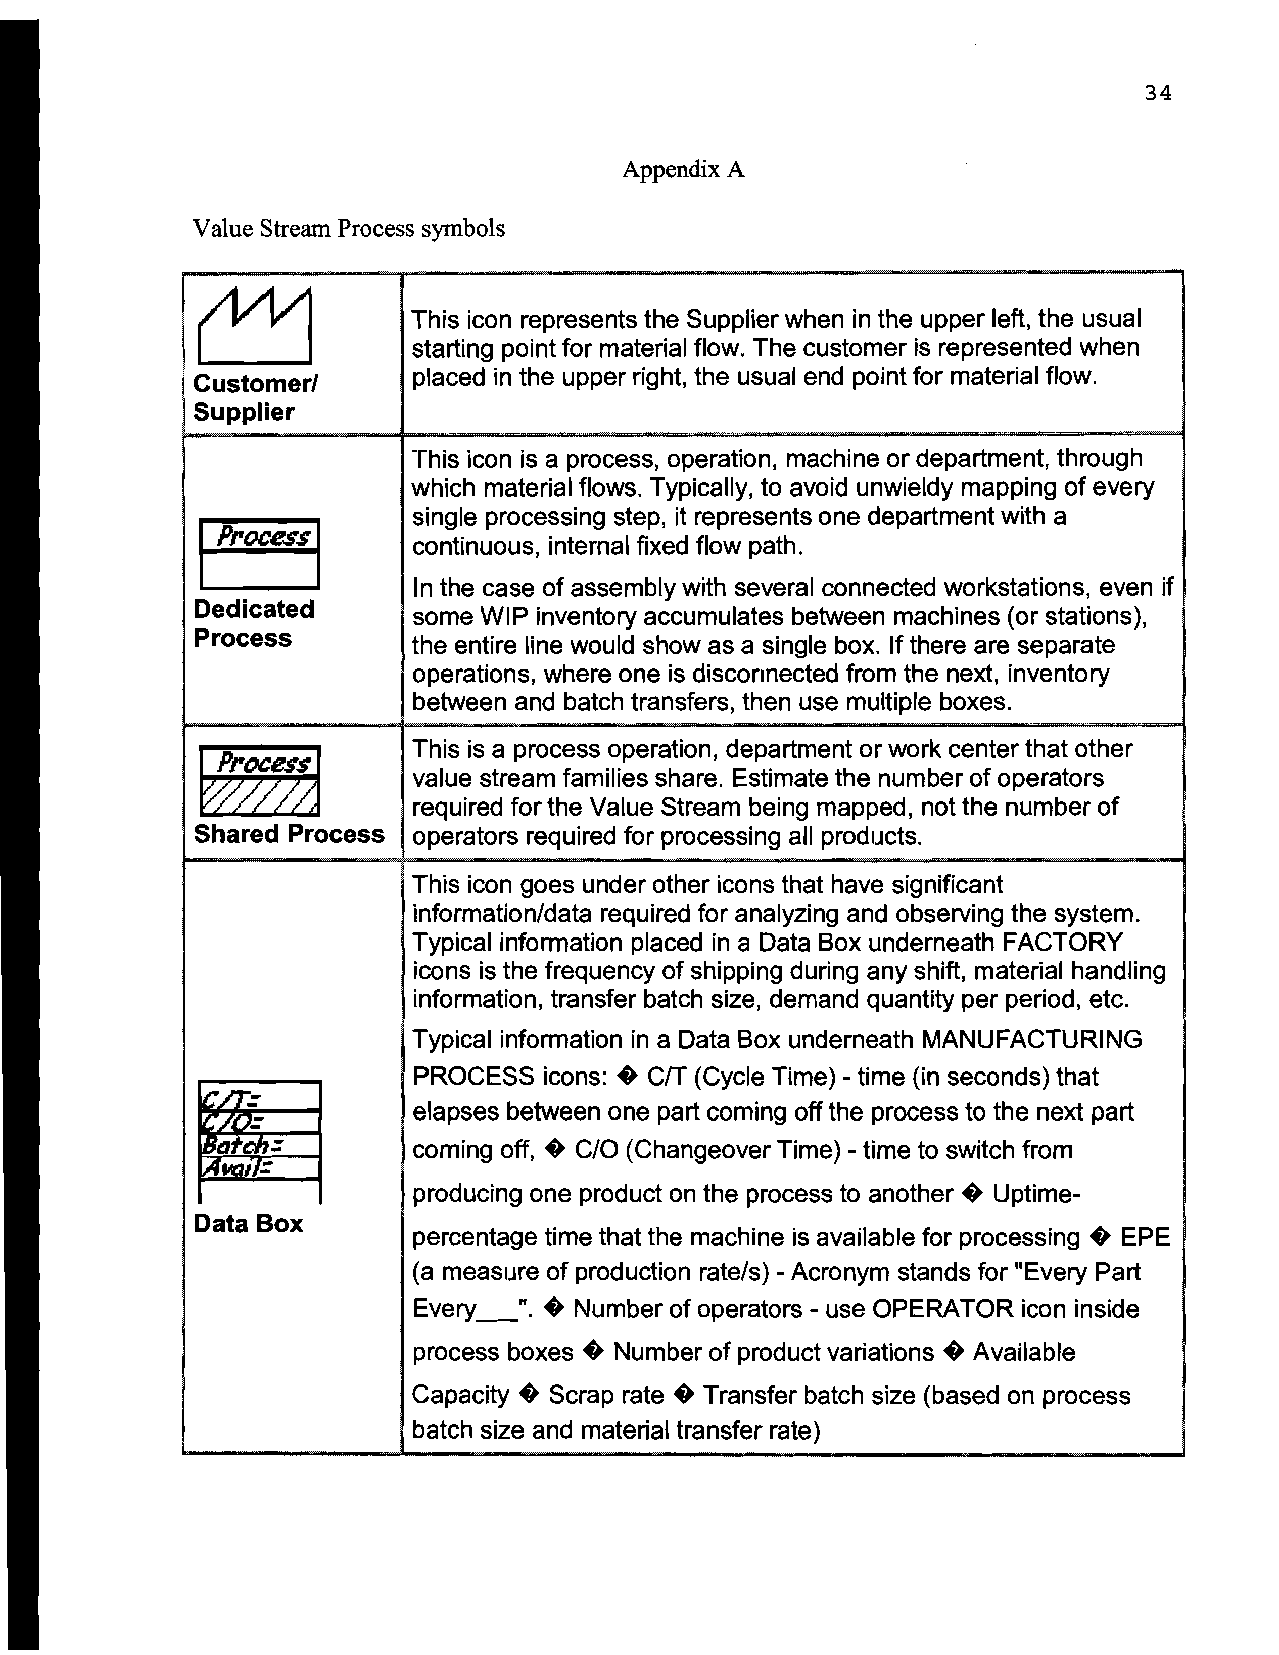
34
 Appendix A
 Value Stream Process symbols
 ~
 This icon represents the Supplier when in the upper left, the usual
 starting point for material flow. The customer is represented when
 placed in the upper right, the usual end point for material flow.
 Customerl
 Supplier
 -    -                        -
 This icon is a process, operation, machine or department, through
 which material flows. Typically, to avoid unwieldy mapping of every
 I
 single processing step, it represents one department with a
 processl
 continuous, internal fixed flow path.
 In the case of assembly with several connected workstations, even if
 Dedicated
 some WIP inventory accumulates between machines (or stations),
 Process
 the entire line would show as a single box. If there are separate
 operations, where one is disconnected from the next, inventory
 between and batch transfers, then use multiple boxes.
 This is a process operation, department or work center that other
 fW~
 value stream families share. Estimate the number of operators
 required for the Value Stream being mapped, not the number of
 Shared Process operators required for processing all products.
 This icon goes under other icons that have significant
 information/data required for analyzing and observing the system.
 Typical information placed in a Data Box underneath FACTORY
 icons is the frequency of shipping during any shift, material handling
 information, transfer batch size, demand quantity per period, etc.
 Typical information in a Data Box underneath MANUFACTURING
 PROCESS  icons: • CIT (Cycle Time) -time (in seconds) that
 ~
 elapses between one part coming off the process to the next part
 =         coming off, • C/O (Changeover Time) - time to switch from
 IIQI
 producing one product on the process to another. Uptime-
 Data Box
 percentage time that the machine is available for processing. EPE
 (a measure of production rate/s) - Acronym stands for "Every Part
 Every_".•  Number of operators - use OPERATOR icon inside
 process boxes. Number of product variations. Available
 Capacity. Scrap rate. Transfer batch size (based on process
 batch size and material transfer rate)